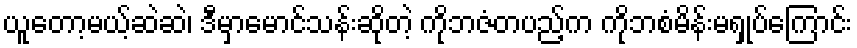
ယူတော့မယ့်ဆဲဆဲ၊ ဒီမှာမောင်သန်းဆိုတဲ့ ကိုဘဇံတပည့်က ကိုဘစံမိန်းမရှုပ်ကြောင်း